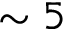
\sim 5